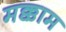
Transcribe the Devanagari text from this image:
मक्काम